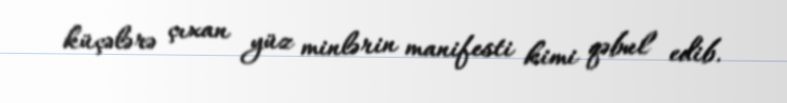
küçələrə çıxan yüz minlərin manifesti kimi qəbul edib.